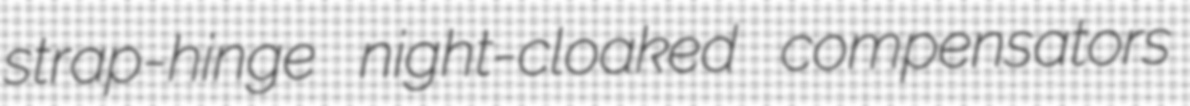
strap-hinge night-cloaked compensators